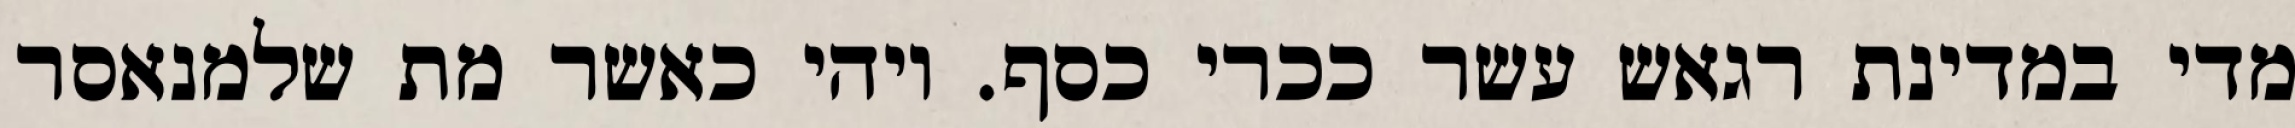
מדי במדינת רגאש עשר ככרי כסף. ויהי כאשר מת שלמנאסר